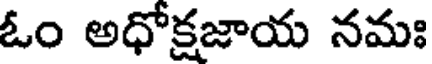
ఓం అధోక్షజాయ నమః